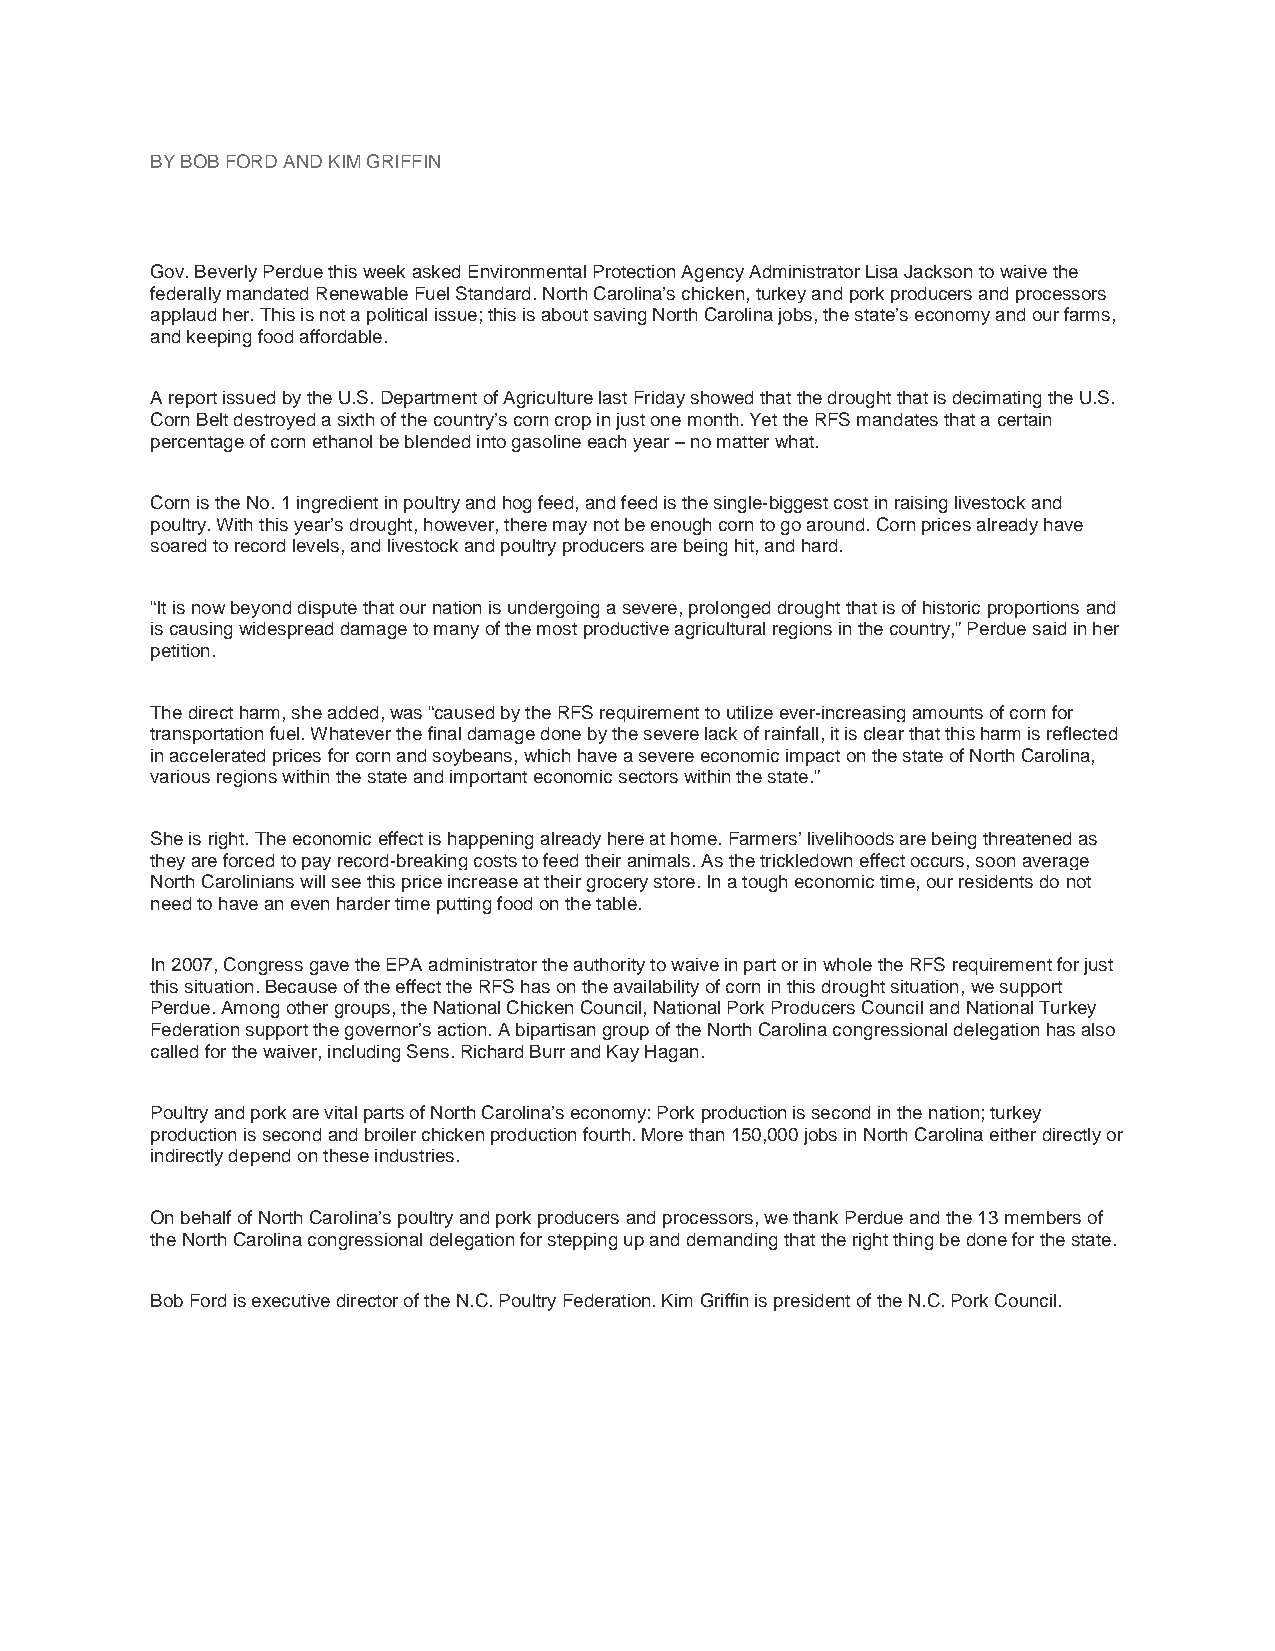
BY BOB FORD AND KIM GRIFFIN
 Gov. Beverly Perdue this week asked Environmental Protection Agency Administrator Lisa Jackson to waive the
 federally mandated Renewable Fuel Standard. North Carolina’s chicken, turkey and pork producers and processors
 applaud her. This is not a political issue; this is about saving North Carolina jobs, the state’s economy and our farms,
 and keeping food affordable.
 A report issued by the U.S. Department of Agriculture last Friday showed that the drought that is decimating the U.S.
 Corn Belt destroyed a sixth of the country’s corn crop in just one month. Yet the RFS mandates that a certain
 percentage of corn ethanol be blended into gasoline each year – no matter what.
 Corn is the No. 1 ingredient in poultry and hog feed, and feed is the single-biggest cost in raising livestock and
 poultry. With this year’s drought, however, there may not be enough corn to go around. Corn prices already have
 soared to record levels, and livestock and poultry producers are being hit, and hard.
 “It is now beyond dispute that our nation is undergoing a severe, prolonged drought that is of historic proportions and
 is causing widespread damage to many of the most productive agricultural regions in the country,” Perdue said in her
 petition.
 The direct harm, she added, was “caused by the RFS requirement to utilize ever-increasing amounts of corn for
 transportation fuel. Whatever the final damage done by the severe lack of rainfall, it is clear that this harm is reflected
 in accelerated prices for corn and soybeans, which have a severe economic impact on the state of North Carolina,
 various regions within the state and important economic sectors within the state.”
 She is right. The economic effect is happening already here at home. Farmers’ livelihoods are being threatened as
 they are forced to pay record-breaking costs to feed their animals. As the trickledown effect occurs, soon average
 North Carolinians will see this price increase at their grocery store. In a tough economic time, our residents do not
 need to have an even harder time putting food on the table.
 In 2007, Congress gave the EPA administrator the authority to waive in part or in whole the RFS requirement for just
 this situation. Because of the effect the RFS has on the availability of corn in this drought situation, we support
 Perdue. Among other groups, the National Chicken Council, National Pork Producers Council and National Turkey
 Federation support the governor’s action. A bipartisan group of the North Carolina congressional delegation has also
 called for the waiver, including Sens. Richard Burr and Kay Hagan.
 Poultry and pork are vital parts of North Carolina’s economy: Pork production is second in the nation; turkey
 production is second and broiler chicken production fourth. More than 150,000 jobs in North Carolina either directly or
 indirectly depend on these industries.
 On behalf of North Carolina’s poultry and pork producers and processors, we thank Perdue and the 13 members of
 the North Carolina congressional delegation for stepping up and demanding that the right thing be done for the state.
 Bob Ford is executive director of the N.C. Poultry Federation. Kim Griffin is president of the N.C. Pork Council.